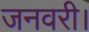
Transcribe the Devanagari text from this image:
जनवरी।